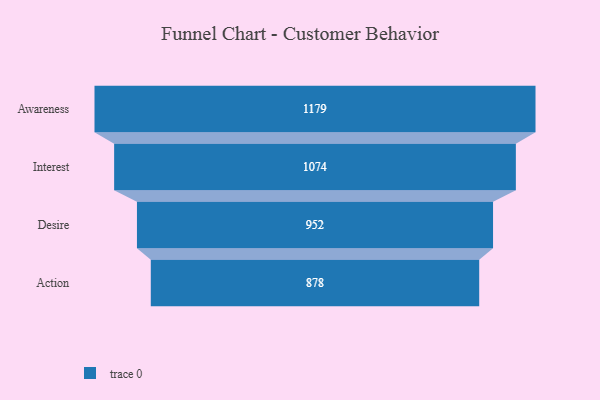
{"axis": {"x": "Stage", "y": "Value"}, "legend": [""], "data": [{"x": "Awareness", "y": 1179.0, "type": ""}, {"x": "Interest", "y": 1074.0, "type": ""}, {"x": "Desire", "y": 952.0, "type": ""}, {"x": "Action", "y": 878.0, "type": ""}]}